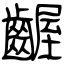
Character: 齷